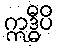
ဣဒ္ဓီပိ